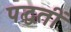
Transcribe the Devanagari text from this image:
पद्धतीं